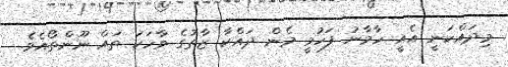
މިދައްކަނީ އެއީ ހާމާނު ފަހުމީ މެން ދައްކާ ޒާތުގެ ވާހަކަ ތައް ނޫންތޯއެވެ.